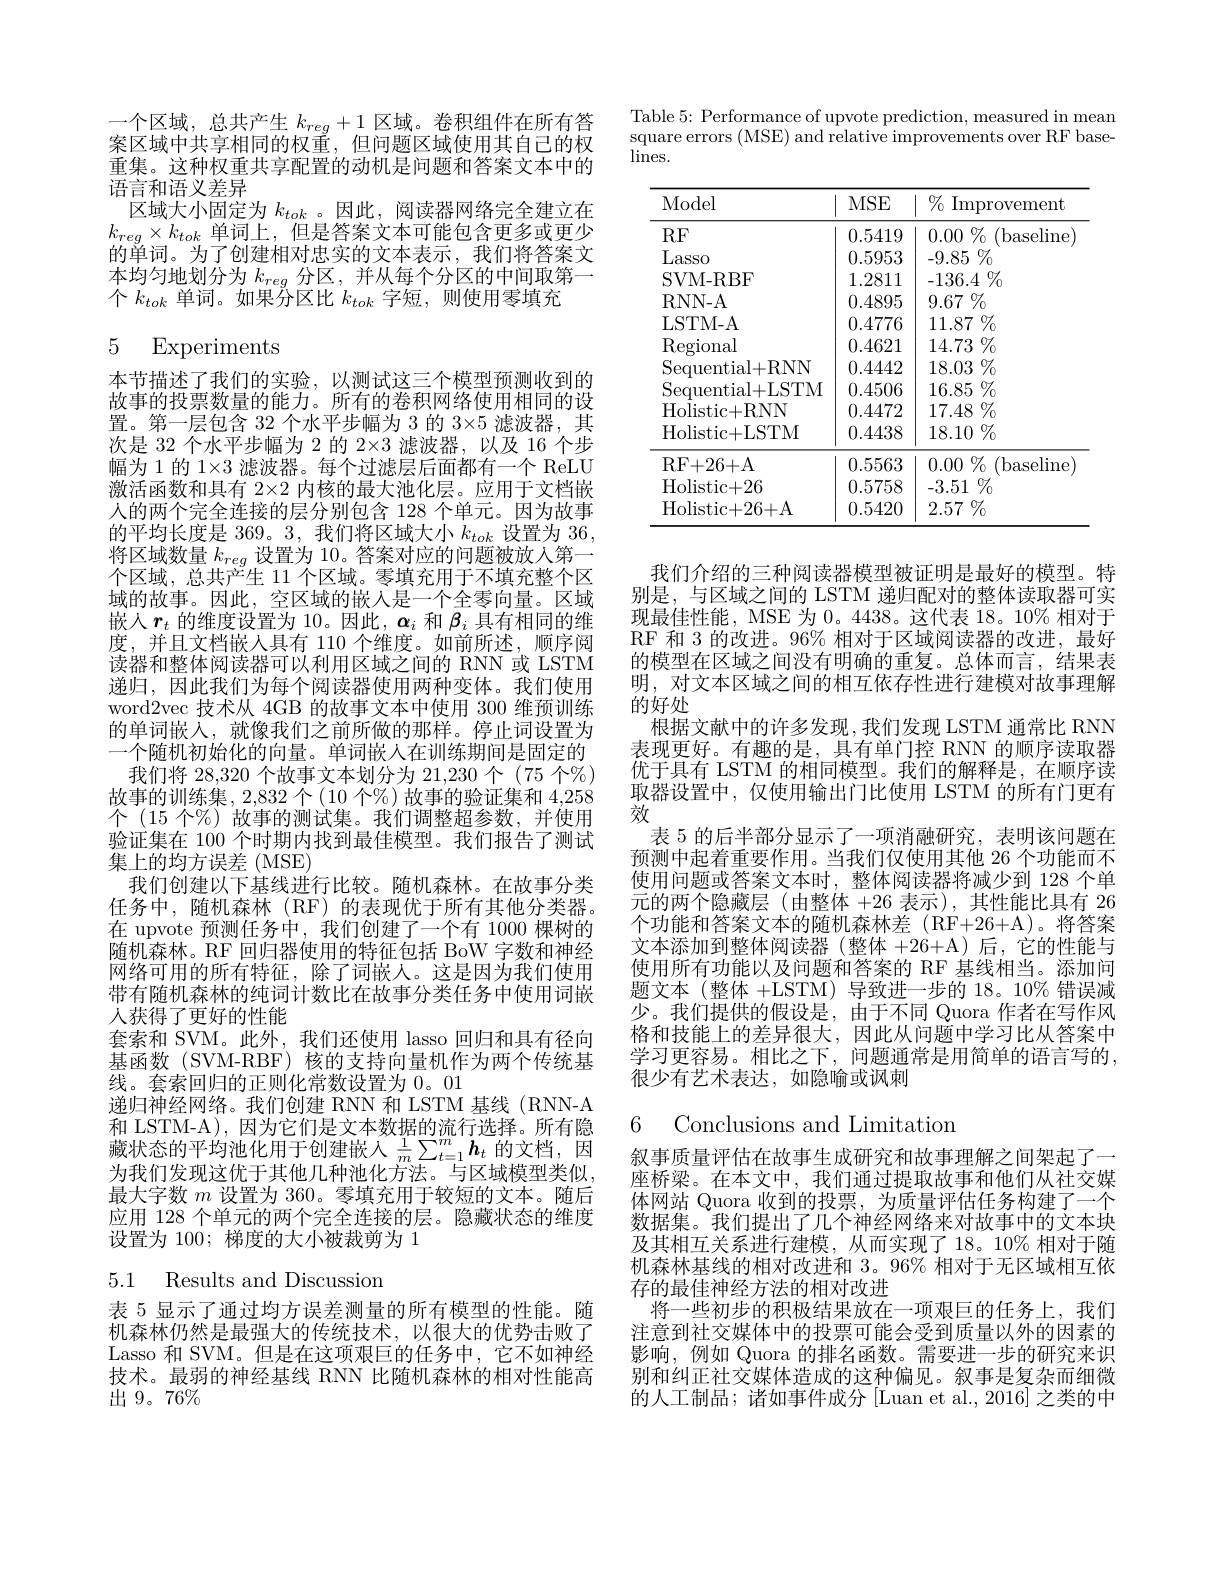
一个区域，总共产生$k_reg+1$区域。卷积组件在所有答案区域中共享相同的权重，但问题区域使用其自己的权重集。这种权重共享配置的动机是问题和答案文本中的语言和语义差异
区域大小固定为$k_{tok}$。因此，阅读器网络完全建立在$k_{reg}\times k_{tok}$单词上，但是答案文本可能包含更多或更少的单词。为了创建相对忠实的文本表示，我们将答案文本均匀地划分为$k_{reg}$分区，并从每个分区的中间取第一个$k_{tok}$单词。如果分区比$k_tok$字短，则使用零填充

# 5 Experiments

本节描述了我们的实验，以测试这三个模型预测收到的故事的投票数量的能力。所有的卷积网络使用相同的设置。第一层包含 32 个水平步幅为 3 的 3×5 滤波器，其次是 32 个水平步幅为 2 的 2×3 滤波器，以及 16 个步幅为 1 的$1\times3$滤波器。每个过滤层后面都有一个 ReLU 激活函数和具有 2×2 内核的最大池化层。应用于文档嵌人的两个完全连接的层分别包含 128 个单元。因为故事的平均长度是 369。3, 我们将区域大小$k_tok$设置为 36, 将区域数量$k_{reg}$设置为 10。答案对应的问题被放入第一个区域，总共产生 11 个区域。零填充用于不填充整个区域的故事。因此，空区域的嵌人是一个全零向量。区域嵌入$\boldsymbol{r}_t$的维度设置为 10。因此，$\boldsymbol{\alpha}_i$和$\boldsymbol{\beta}_i$具有相同的维度，并且文档嵌入具有 110 个维度。如前所述，顺序阅读器和整体阅读器可以利用区域之间的 RNN 或 LSTM 递归，因此我们为每个阅读器使用两种变体。我们使用word2vec 技术从 4GB 的故事文本中使用 300 维预训练的单词嵌入，就像我们之前所做的那样。停止词设置为一个随机初始化的向量。单词嵌人在训练期间是固定的
我们将 28,320 个故事文本划分为 21,230 个 (75 个%) 故事的训练集，2,832 个(10 个%) 故事的验证集和 4,258个(15个%) 故事的测试集。我们调整超参数，并使用验证集在 100 个时期内找到最佳模型。我们报告了测试$\overline{\text{集上的均方误差(MSE)}}$
我们创建以下基线进行比较。随机森林。在故事分类任务中，随机森林(RF)的表现优于所有其他分类器。在 upvote 预测任务中，我们创建了一个有 1000 棵树的随机森林。RF 回归器使用的特征包括 BoW 字数和神经网络可用的所有特征，除了词嵌人。这是因为我们使用带有随机森林的纯词计数比在故事分类任务中使用词嵌人获得了更好的性能
套索和 SVM。此外，我们还使用 lasso 回归和具有径向基函数(SVM-RBF)核的支持向量机作为两个传统基线。套索回归的正则化常数设置为 0。01
递归神经网络。我们创建 RNN 和 LSTM 基线 (RNN-A 和 LSTM-A),因为它们是文本数据的流行选择。所有隐藏状态的平均池化用于创建嵌入$\frac1m\sum_{t=1}^m\boldsymbol{h}_t$ 的文档，因为我们发现这优于其他几种池化方法。与区域模型类似， 最大字数$m$设置为 360。零填充用于较短的文本。随后应用 128 个单元的两个完全连接的层。隐藏状态的维度设置为 100; 梯度的大小被裁剪为 1

5.1 Results and Discussion

表 5 显示了通过均方误差测量的所有模型的性能。随机森林仍然是最强大的传统技术，以很大的优势击败了Lasso 和 SVM。但是在这项艰巨的任务中，它不如神经技术。最弱的神经基线 RNN 比随机森林的相对性能高出9。76%

Table 5: Performance of upvote prediction, measured in mean square errors (MSE) and relative improvements over RF base- $\lim$s.

<table>
	<tbody>
		<tr>
			<th>Model</th>
			<th>MSE</th>
			<th>$\%$ Improvement</th>
		</tr>
		<tr>
			<td>RF</td>
			<td>0.5419</td>
			<td>$\%$ 0.00 $\therefore1$ ( baseline</td>
		</tr>
		<tr>
			<td>Lasso</td>
			<td>0.5953</td>
			<td>-9.85 $\%$</td>
		</tr>
		<tr>
			<td>SVM- RBF</td>
			<td>1.2811</td>
			<td>$-136.4\%$</td>
		</tr>
		<tr>
			<td>RNN- A</td>
			<td>0.4895</td>
			<td>$9.67^{(}$ $\%$ </td>
		</tr>
		<tr>
			<td>LSTM- A</td>
			<td>0.4776</td>
			<td>11.87 7 $\%$</td>
		</tr>
		<tr>
			<td>Regional</td>
			<td>0.4621</td>
			<td>$14.73\%$</td>
		</tr>
		<tr>
			<td>Sequential+RNN</td>
			<td>0.4442</td>
			<td>$18.03\%$</td>
		</tr>
		<tr>
			<td>Sequential+LSTM</td>
			<td>0.4506</td>
			<td>$16.85\%$</td>
		</tr>
		<tr>
			<td>Holistic+ RNN</td>
			<td>0.4472</td>
			<td>$17.48\%$</td>
		</tr>
		<tr>
			<td>Holistic+ LSTM</td>
			<td>0.4438</td>
			<td>$18.10\%$</td>
		</tr>
		<tr>
			<td>RF+ 26+ A</td>
			<td>0.5563</td>
			<td>$\%$ (baseline 0.00</td>
		</tr>
		<tr>
			<td>Holistic+ 26</td>
			<td>0.5758</td>
			<td>-3.51 $\%$</td>
		</tr>
		<tr>
			<td>Holistic+ 26+ A</td>
			<td>0.5420</td>
			<td>$2.57\%$</td>
		</tr>
	</tbody>
</table>

我们介绍的三种阅读器模型被证明是最好的模型。特别是，与区域之间的 LSTM 递归配对的整体读取器可实现最佳性能，MSE 为 0。4438。这代表 18。10% 相对于RF 和 3 的改进。96% 相对于区域阅读器的改进，最好的模型在区域之间没有明确的重复。总体而言，结果表明，对文本区域之间的相互依存性进行建模对故事理解的好处
根据文献中的许多发现，我们发现 LSTM 通常比 RNN 表现更好。有趣的是，具有单门控 RNN 的顺序读取器优于具有 LSTM 的相同模型。我们的解释是，在顺序读取器设置中，仅使用输出门比使用 LSTM 的所有门更有效
表 5 的后半部分显示了一项消融研究，表明该问题在预测中起着重要作用。当我们仅使用其他 26 个功能而不使用问题或答案文本时，整体阅读器将减少到 128 个单元的两个隐藏层(由整体+26表示),其性能比具有 26个功能和答案文本的随机森林差(RF+26+A)。将答案文本添加到整体阅读器(整体 +26+A)后，它的性能与使用所有功能以及问题和答案的 RF 基线相当。添加问题文本(整体+LSTM)导致进一步的 18。10% 错误减少。我们提供的假设是，由于不同 Quora 作者在写作风格和技能上的差异很大，因此从问题中学习比从答案中学习更容易。相比之下，问题通常是用简单的语言写的， 很少有艺术表达，如隐喻或讽刺

6 Conclusions and Limitation

叙事质量评估在故事生成研究和故事理解之间架起了一座桥梁。在本文中，我们通过提取故事和他们从社交媒体网站 Quora 收到的投票，为质量评估任务构建了一个数据集。我们提出了几个神经网络来对故事中的文本块及其相互关系进行建模，从而实现了 18。10% 相对于随机森林基线的相对改进和 3。96% 相对于无区域相互依存的最佳神经方法的相对改进
将一些初步的积极结果放在一项艰巨的任务上，我们注意到社交媒体中的投票可能会受到质量以外的因素的影响，例如 Quora 的排名函数。需要进一步的研究来识别和纠正社交媒体造成的这种偏见。叙事是复杂而细微的人工制品；诸如事件成分 [Luan et al., 2016] 之类的中